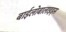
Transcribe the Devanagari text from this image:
बाईलोबालाइड्स